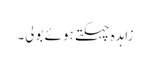
زاہدہ چہکتے ہوئے بولی۔